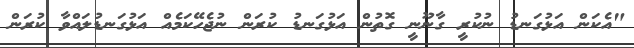
"އެކަން އަޅުގަނޑު ނުކުރީ ގާނޫނީ ގޮތުން އަޅުގަނޑު ކުރަން ނުޖެހޭކަމެއް އަޅުގަނޑުލައްވާ ކުރަން